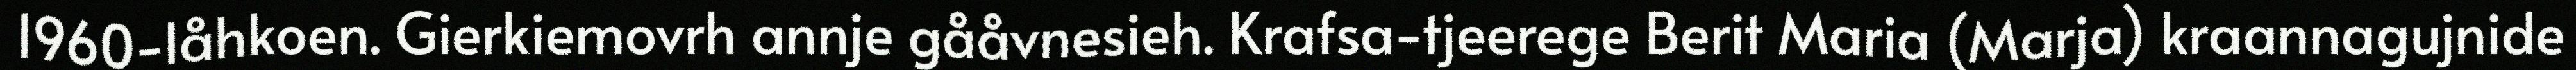
1960-låhkoen. Gierkiemovrh annje gååvnesieh. Krafsa-tjeerege Berit Maria (Marja) kraannagujnide